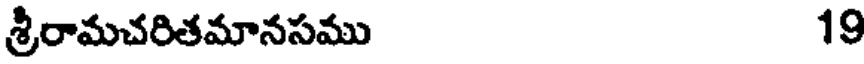
శ్రీరామచరితమానసము 19